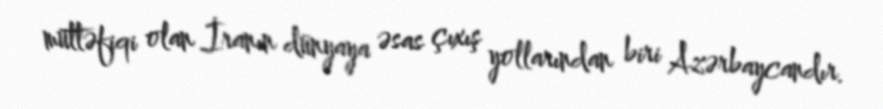
müttəfiqi olan İranın dünyaya əsas çıxış yollarından biri Azərbaycandır.